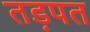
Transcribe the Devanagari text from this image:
तड़पत